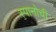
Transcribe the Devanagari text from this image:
स्पानोची